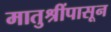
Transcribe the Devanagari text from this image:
मातुश्रींपासून